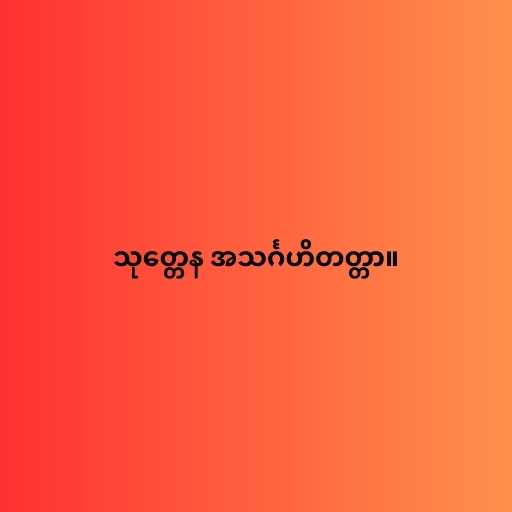
သုတ္တေန အသင်္ဂဟိတတ္တာ။